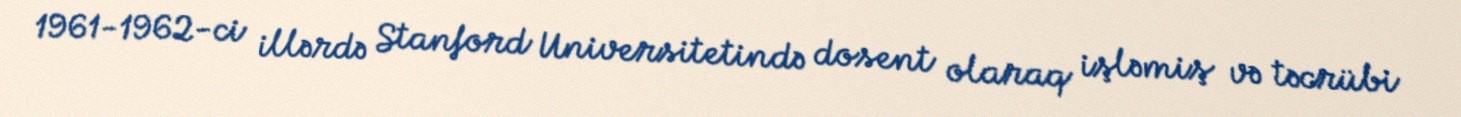
1961-1962-ci illərdə Stanford Universitetində dosent olaraq işləmiş və təcrübi